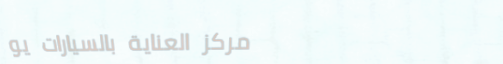
مركز العناية بالسيارات يو